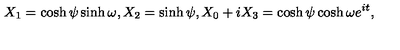
X _ { 1 } = \cosh \psi \sinh \omega , X _ { 2 } = \sinh \psi , X _ { 0 } + i X _ { 3 } = \cosh \psi \cosh \omega e ^ { i t } ,